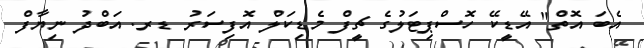
އެބަ އޮތް" އޭޑީކޭ ހޮސްޕިޓަލުގެ ޗީފް މެޑިކަލް އޮފިސަރު ޑރ. އަބްދު ނިޔާފް